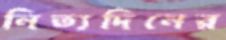
নিত্যদিনের